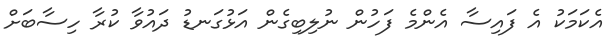
އެކަމަކު އެ ފައިސާ އެންމެ ފަހުން ނުލިބިގެން އަޅުގަނޑު ދައުވާ ކުރާ ހިސާބަށް